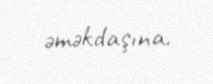
əməkdaşına.